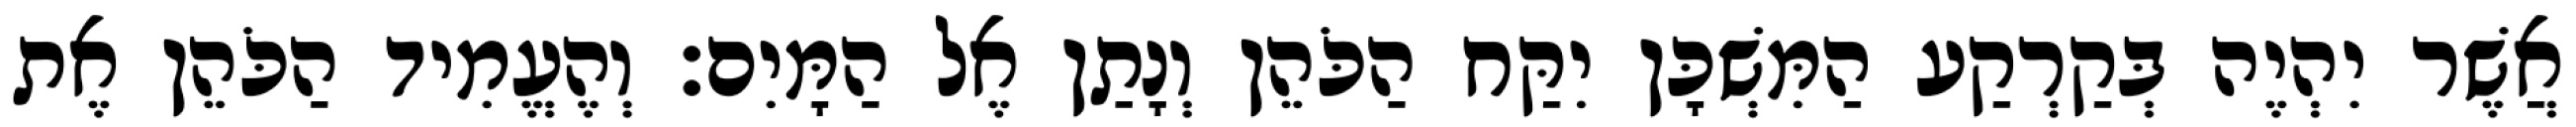
אֲשֶׁר יִהְיֶה בְּקַרְקַע הַמִּשְׁכָּן יִקַּח הַכֹּהֵן וְנָתַן אֶל הַמָּיִם׃ וְהֶעֱמִיד הַכֹּהֵן אֶת